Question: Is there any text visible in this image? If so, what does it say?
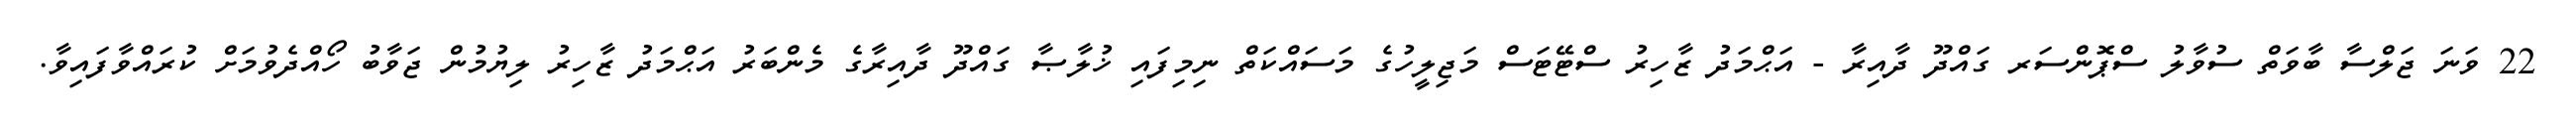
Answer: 22 ވަނަ ޖަލްސާ ބާވަތް ސުވާލު ސްޕޮންސަރ ގައްދޫ ދާއިރާ - އަޙްމަދު ޒާހިރު ސްޓޭޓަސް މަޖިލީހުގެ މަސައްކަތް ނިމިފައި ޚުލާޞާ ގައްދޫ ދާއިރާގެ މެންބަރު އަޙްމަދު ޒާހިރު ލިޔުމުން ޖަވާބު ހޯއްދެވުމަށް ކުރައްވާފައިވާ.